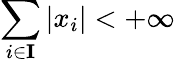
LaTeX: \sum_{i\in\mathbf{I}}\left|x_{i}\right|<+\infty